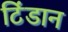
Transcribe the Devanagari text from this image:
टिंडान